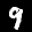
Label: 9